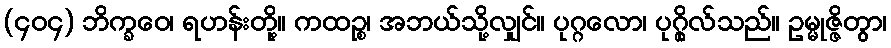
(၄၀၄) ဘိက္ခဝေ၊ ရဟန်းတို့။ ကထဉ္စ၊ အဘယ်သို့လျှင်။ ပုဂ္ဂလော၊ ပုဂ္ဂိုလ်သည်။ ဥမ္မုဇ္ဇိတွာ၊